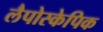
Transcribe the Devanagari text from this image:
लैपोस्केपिक